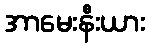
အာမေးနီးယား